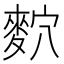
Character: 䴳